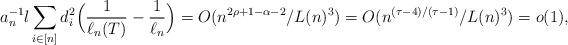
LaTeX: \begin{align*} a_n^{-1}l\sum_{i\in [n]}d_i^2\Big(\frac{1}{\ell_n(T)}-\frac{1}{\ell_n}\Big)=O(n^{2\rho+1-\alpha-2}/L(n)^3)=O(n^{(\tau-4)/(\tau-1)}/L(n)^3)=o(1), \end{align*}